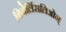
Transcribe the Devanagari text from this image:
ळिबेर्लिसतिओन्